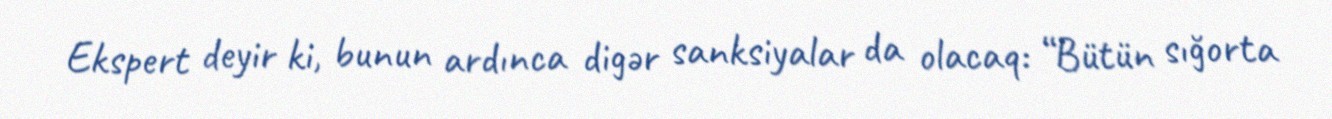
Ekspert deyir ki, bunun ardınca digər sanksiyalar da olacaq: “Bütün sığorta